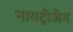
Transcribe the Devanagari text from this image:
नायट्रोजेन